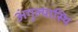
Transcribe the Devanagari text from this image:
अंगुल्यास्थि